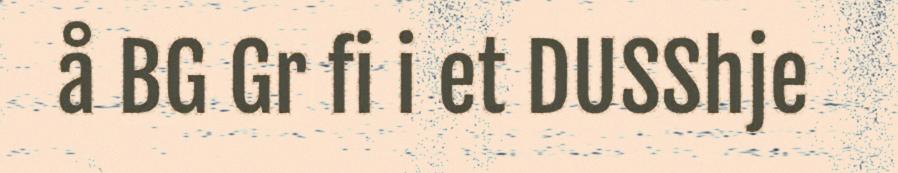
å BG Gr fi i et DUSShje